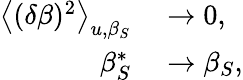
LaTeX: \begin{array}{rl}{\big<(\delta\beta)^{2}\big>_{u,\beta_{S}}}&{{}\rightarrow 0,}\\ {\beta_{S}^{*}}&{{}\rightarrow\beta_{S},}\end{array}